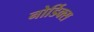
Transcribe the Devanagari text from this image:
नोर्डिक्स